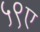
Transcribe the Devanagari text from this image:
५९ए